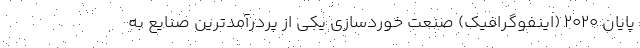
پایان ۲۰۲۰ (اینفوگرافیک) صنعت خوردسازی یکی از پردرآمدترین صنایع به